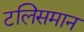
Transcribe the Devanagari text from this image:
टलिसमान